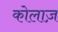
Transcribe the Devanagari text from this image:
कोलाज़